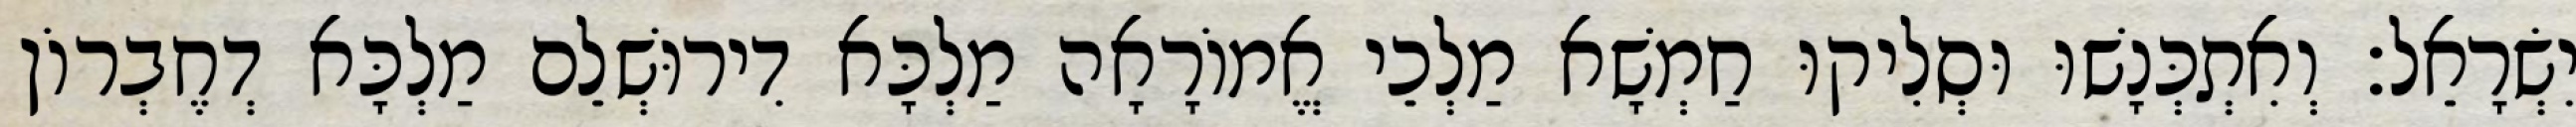
יִשְׂרָאֵל׃ וְאִתְכְּנָשׁוּ וּסְלִיקוּ חַמְשָׁא מַלְכֵי אֱמוֹרָאָה מַלְכָּא דִירוּשְׁלֵם מַלְכָּא דְחֶבְרוֹן